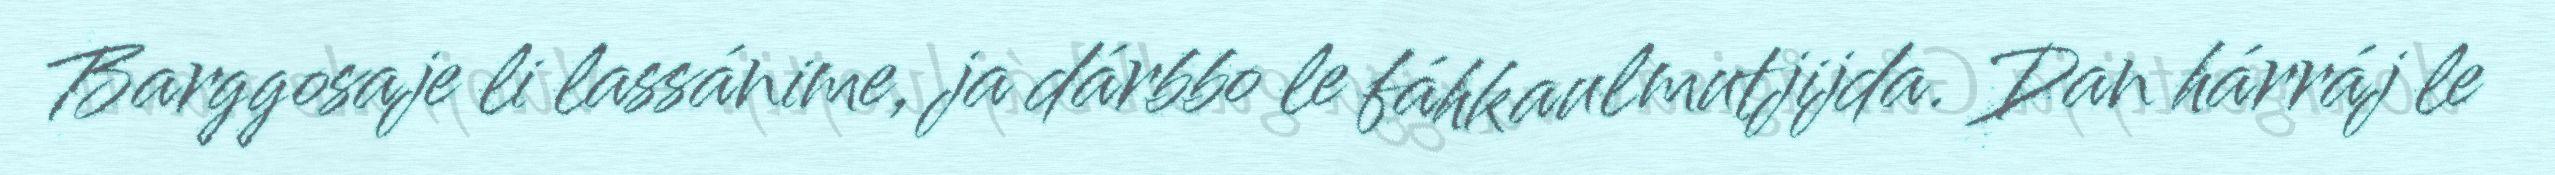
Barggosaje li lassánime, ja dárbbo le fáhkaulmutjijda. Dan hárráj le